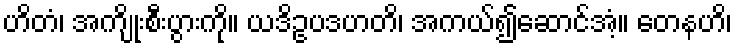
ဟိတံ၊ အကျိုးစီးပွားကို။ ယဒိဥပဒဟတိ၊ အကယ်၍ဆောင်အံ့။ တေနဟိ၊